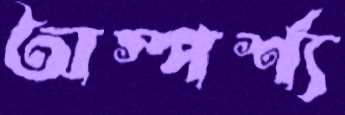
অস্পর্শ্য